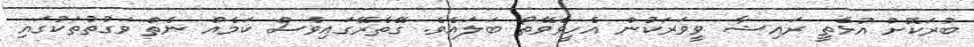
ބުރަކޮށް އުޅެތީ ރައިޝާ ވީވަރަކުން އެހީވެވޭތޯ ބަލައެވެ. ގޭތެރޭގައިވެސް ކަމެއް ނެތް ވަގުތުތަކުގައި